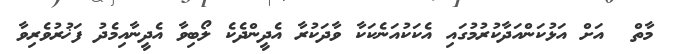
މާތް  އަށް އަޅުކަންއަދާކުރުމުގައި އެކަކުއަނެކަކާ ވާދަކުރާ އެދީންދެކެ ލޯބިވާ އެދީނާއިމެދު ފަޚުރުވެރިވާ